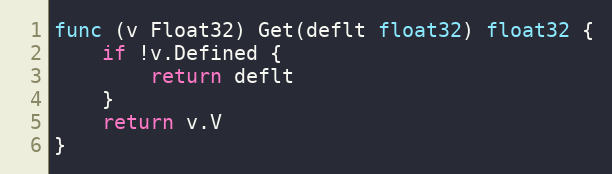
Language: Go
func (v Float32) Get(deflt float32) float32 {
	if !v.Defined {
		return deflt
	}
	return v.V
}